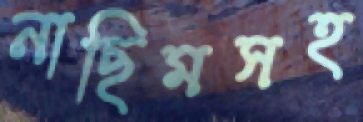
নাছিমসহ